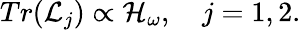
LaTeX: Tr({\cal L}_{j})\propto{\cal H}_{\omega},\quad j=1,2.